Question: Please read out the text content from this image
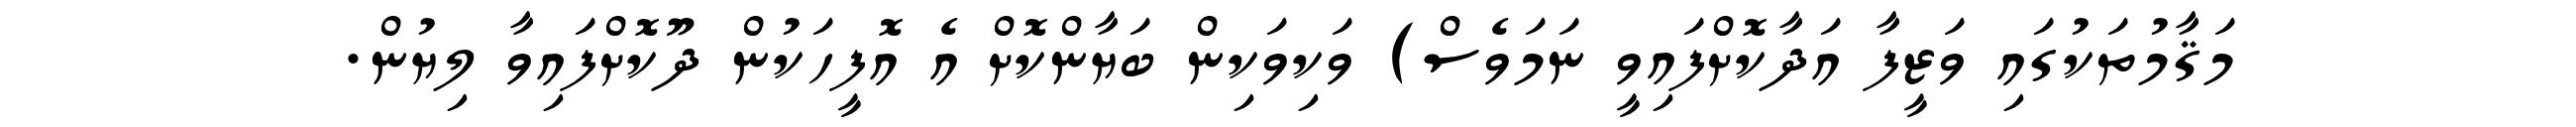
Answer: މަޤާމުތަކުގައި ވަޒީފާ އަދާކޮށްފައިވީ ނަމަވެސް) ވަކިވަކިން ބަޔާންކޮށް އެ އޮފީހަކުން ދޫކޮށްފައިވާ ލިޔުން.